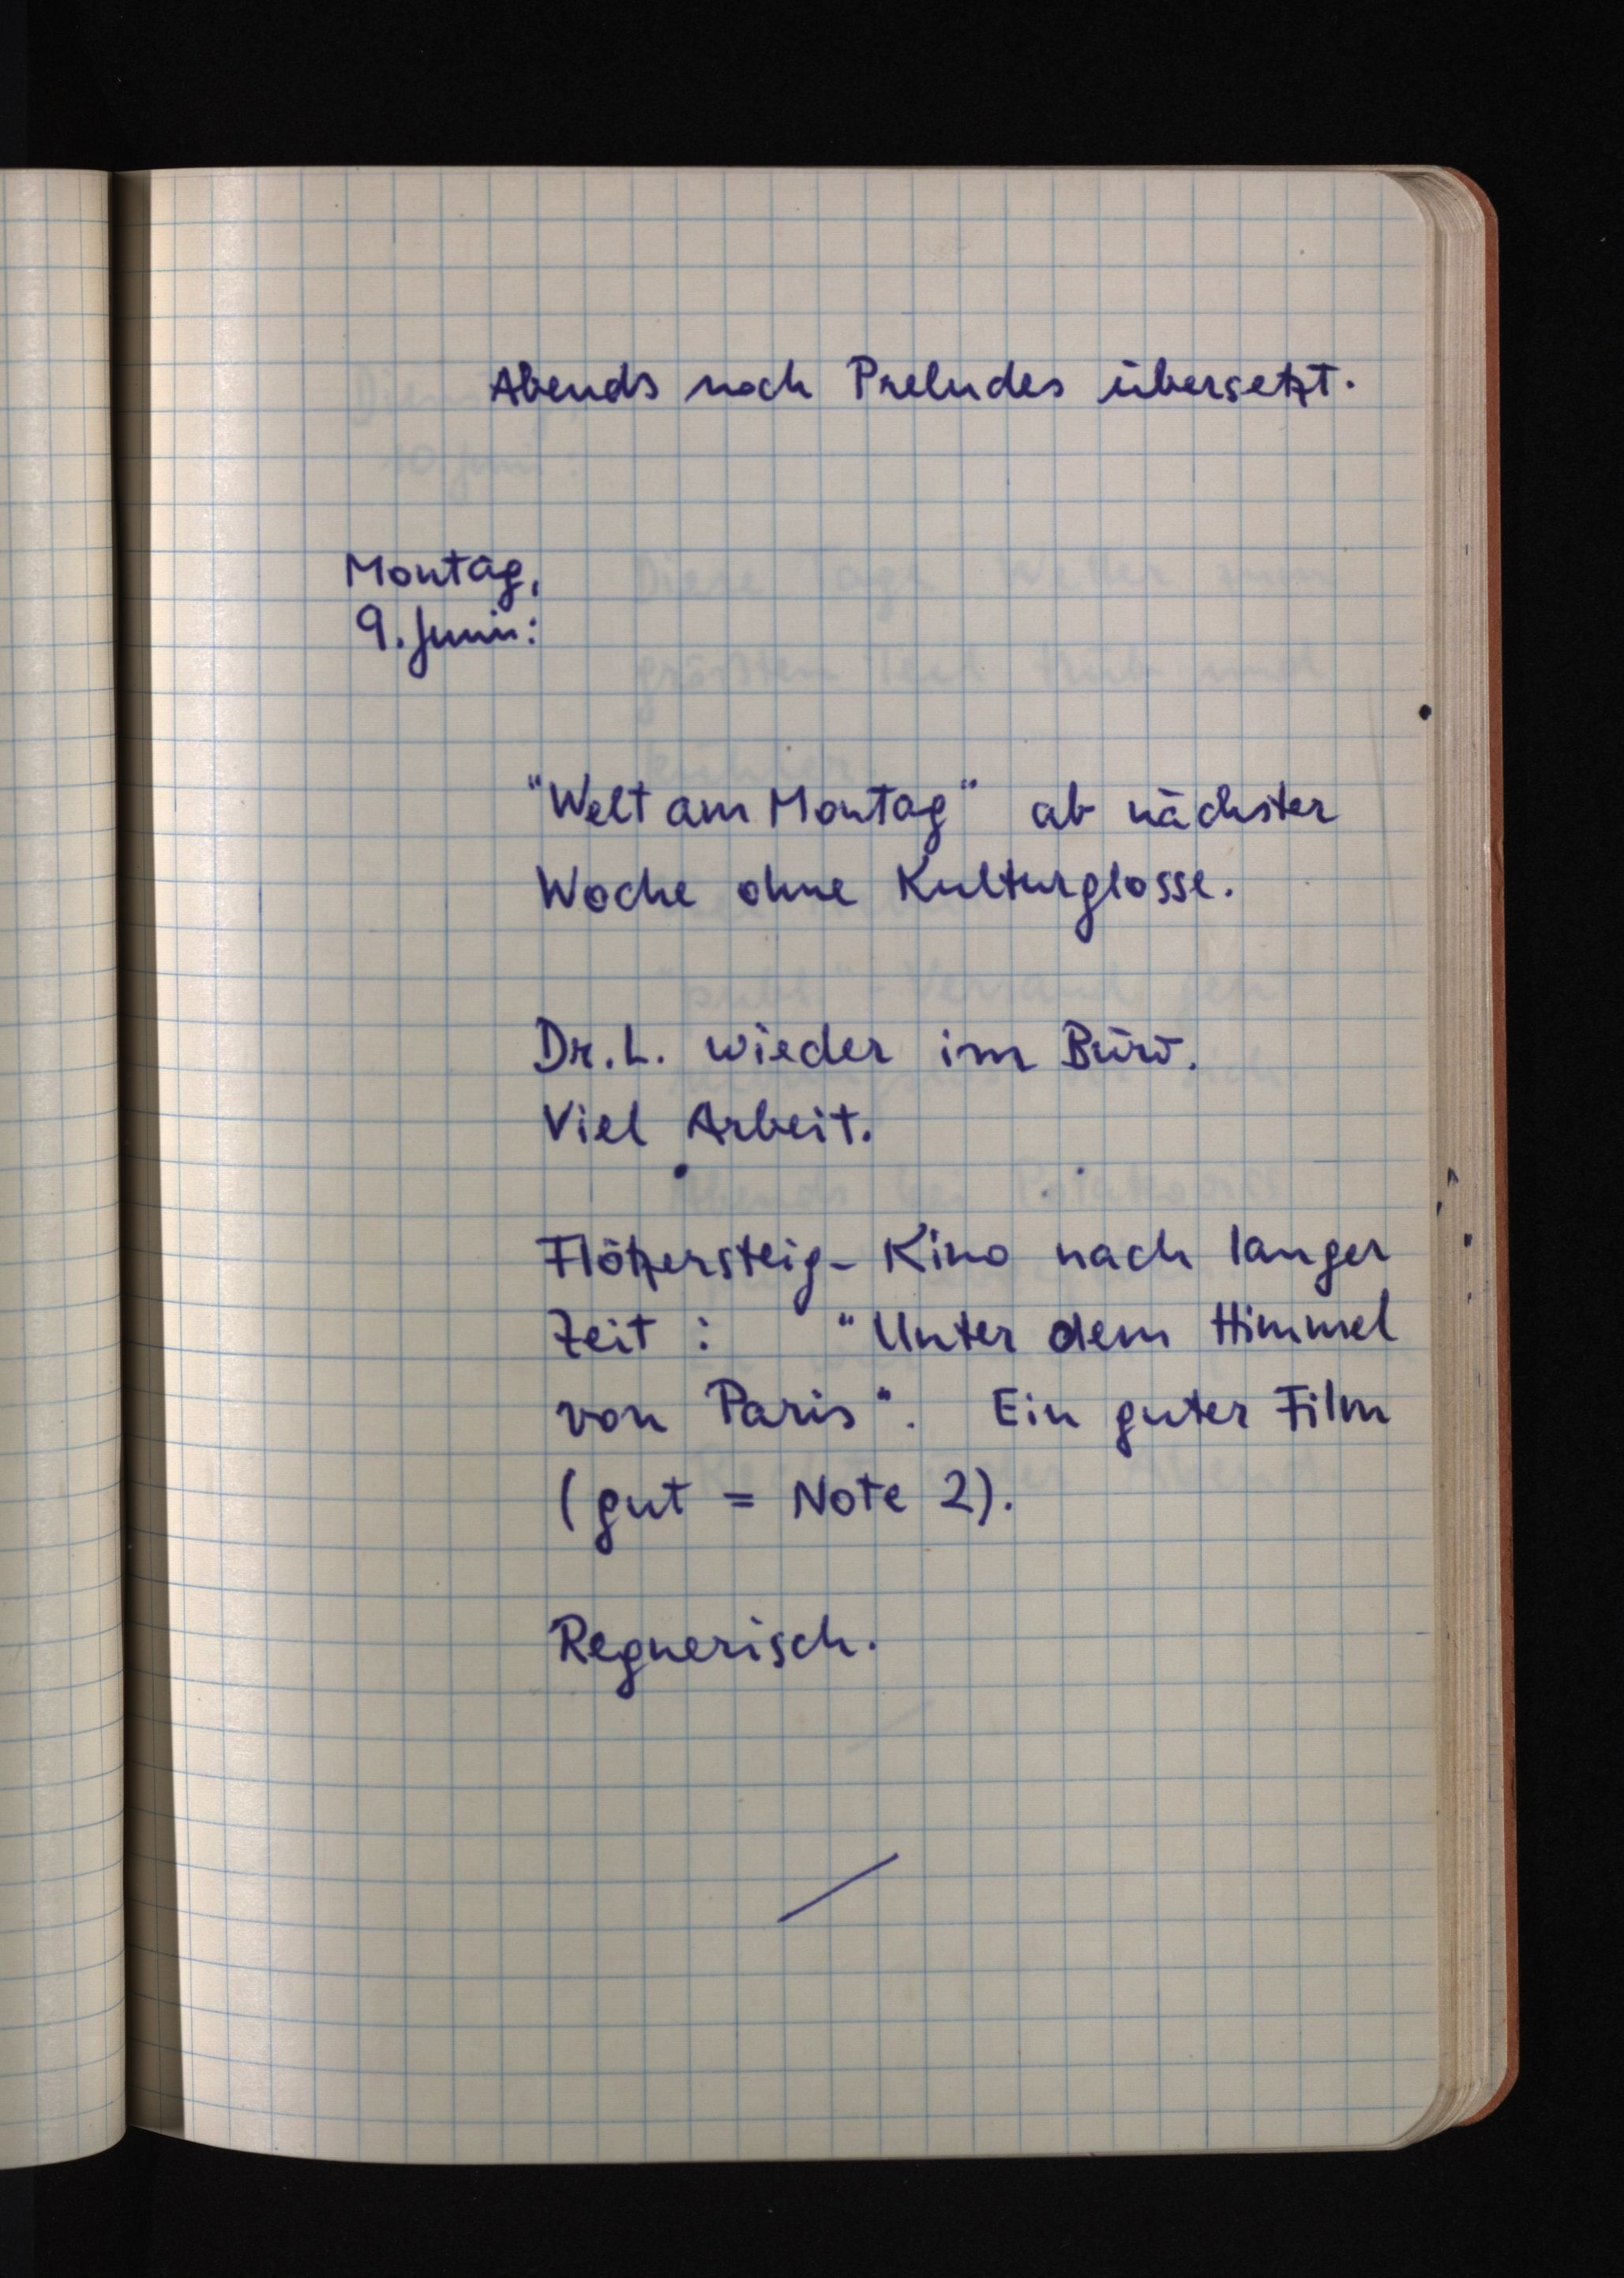
Abends noch Preludes übersetzt.
Montag,
9. Juni:
"Welt am Montag" ab nächster
Woche ohne Kulturglosse.
Dr. L. wieder im Büro.
Viel Arbeit.
Flötzersteig-Kino nach langer
Zeit: "Unter dem Himmel
von Paris". Ein guter Film
(gut = Note 2).
Regnerisch.